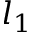
l _ { 1 }